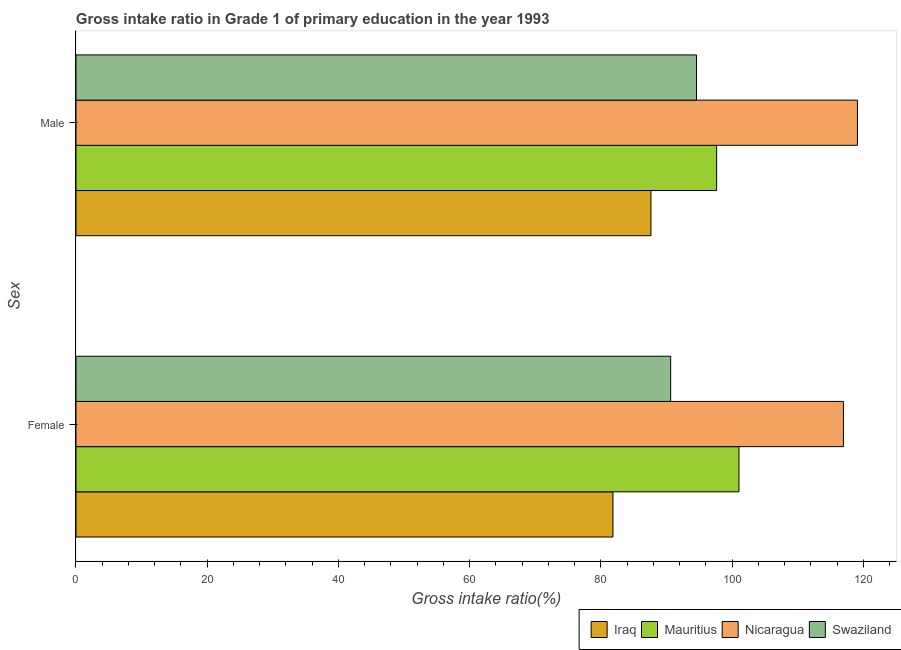
| Sex | Iraq | Mauritius | Nicaragua | Swaziland |
 | --- | --- | --- | --- | --- |
 | Female | 81.8 | 101 | 117 | 90.6 |
 | Male | 87.6 | 97.6 | 119 | 94.6 |